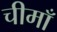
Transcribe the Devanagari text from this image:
चीमाँ